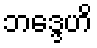
ဘဒ္ဒေဟိ